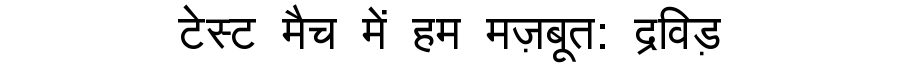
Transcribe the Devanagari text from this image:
टेस्ट मैच में हम मज़बूत: द्रविड़